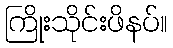
ကြိုးသိုင်းဖိနပ်။